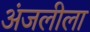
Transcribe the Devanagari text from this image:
अंजलीला